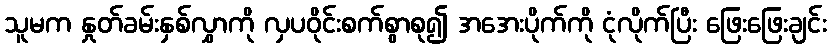
သူမက နှုတ်ခမ်းနှစ်လွှာကို လှပဝိုင်းစက်စွာစု၍ အအေးပိုက်ကို ငုံလိုက်ပြီး ဖြေးဖြေးချင်း